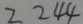
2 2 4 4